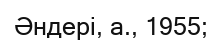
Әндері, а., 1955;